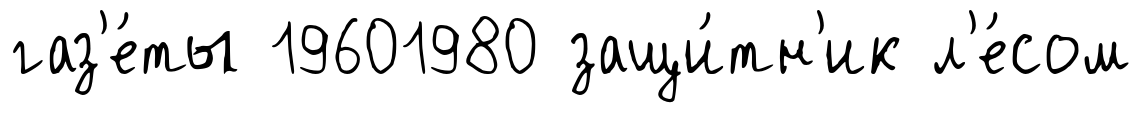
газ'е́ты 19601980 защи́тн'ик л'е́сом